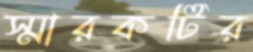
স্মারকটির